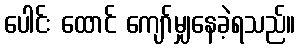
ပေါင်း ထောင် ကျော်မျှနေခဲ့ရသည်။